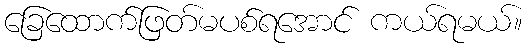
ခြေထောက်ဖြတ်မပစ်ရအောင် ကယ်ရမယ်။